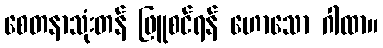
စေတနာသုံးတန် ဖြူစင်ရန် ဟောသော ဂါထာ။